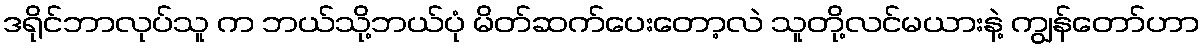
ဒရိုင်ဘာလုပ်သူ က ဘယ်သို့ဘယ်ပုံ မိတ်ဆက်ပေးတော့လဲ သူတို့လင်မယားနဲ့ ကျွန်တော်ဟာ